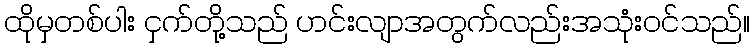
ထိုမှတစ်ပါး ငှက်တို့သည် ဟင်းလျာအတွက်လည်းအသုံးဝင်သည်။